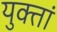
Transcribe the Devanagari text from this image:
युक्तां